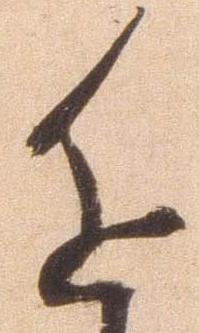
進